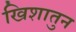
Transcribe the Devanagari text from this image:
खिशातुन